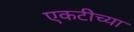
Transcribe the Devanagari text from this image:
एकटीच्या